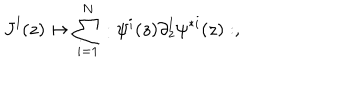
J ^ { l } ( z ) \mapsto \sum _ { i = 1 } ^ { N } : \psi ^ { i } ( z ) \partial _ { z } ^ { l } \psi ^ { * i } ( z ) : ,